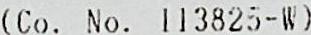
(CO. NO. 113825-W)